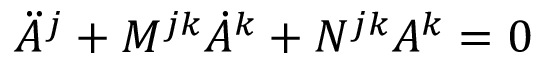
\ddot { A } ^ { j } + M ^ { j k } \dot { A } ^ { k } + N ^ { j k } A ^ { k } = 0